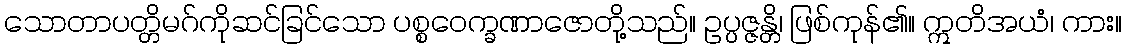
သောတာပတ္တိမဂ်ကိုဆင်ခြင်သော ပစ္စဝေက္ခဏာဇောတို့သည်။ ဥပ္ပဇ္ဇန္တိ၊ ဖြစ်ကုန်၏။ ဣတိအယံ၊ ကား။